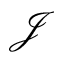
\mathcal { J }